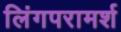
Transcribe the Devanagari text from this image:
लिंगपरामर्श